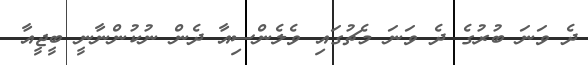
ދެ ވަނަ ބުރުގެ ދެ ވަނަ މެޗުގައި ވެލެންސިއާ ދެން ނުކުންނާނީ ބީޖީއާ